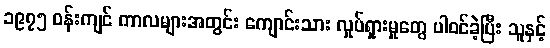
၁၉၇၅ ဝန်းကျင် ကာလများအတွင်း ကျောင်းသား လှုပ်ရှားမှုတွေ ပါဝင်ခဲ့ပြီး သူနှင့်